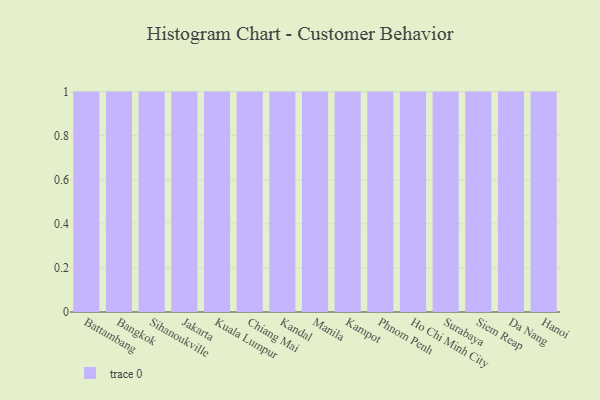
{"axis": {"x": "City", "y": "Gross Profit (USD K)"}, "legend": [""], "data": [{"x": "Battambang", "y": 39, "type": ""}, {"x": "Bangkok", "y": 83, "type": ""}, {"x": "Sihanoukville", "y": 78, "type": ""}, {"x": "Jakarta", "y": 89, "type": ""}, {"x": "Kuala Lumpur", "y": 55, "type": ""}, {"x": "Chiang Mai", "y": 84, "type": ""}, {"x": "Kandal", "y": 44, "type": ""}, {"x": "Manila", "y": 53, "type": ""}, {"x": "Kampot", "y": 5, "type": ""}, {"x": "Phnom Penh", "y": 91, "type": ""}, {"x": "Ho Chi Minh City", "y": 89, "type": ""}, {"x": "Surabaya", "y": 88, "type": ""}, {"x": "Siem Reap", "y": 50, "type": ""}, {"x": "Da Nang", "y": 46, "type": ""}, {"x": "Hanoi", "y": 8, "type": ""}]}